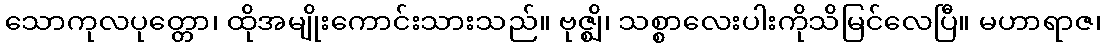
သောကုလပုတ္တော၊ ထိုအမျိုးကောင်းသားသည်။ ဗုဇ္ဈိ၊ သစ္စာလေးပါးကိုသိမြင်လေပြီ။ မဟာရာဇ၊